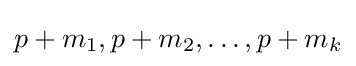
p+m_{1},p+m_{2},\ldots ,p+m_{k}